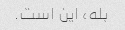
بله، این است.